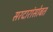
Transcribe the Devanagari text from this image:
सरदारांसोबत